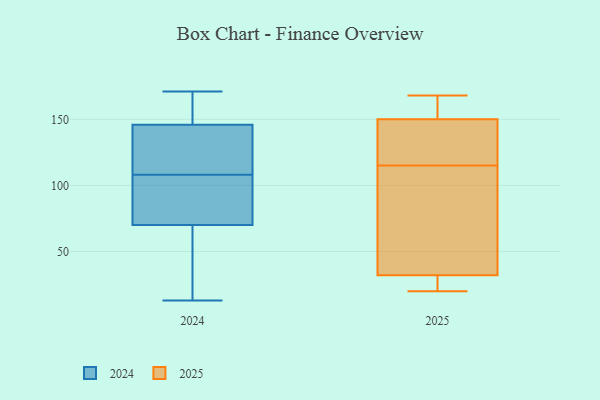
{"axis": {"x": "Headcount", "y": "Value"}, "legend": ["2024", "2025"], "data": [{"x": "", "y": 171, "type": "2024"}, {"x": "", "y": 146, "type": "2024"}, {"x": "", "y": 13, "type": "2024"}, {"x": "", "y": 136, "type": "2024"}, {"x": "", "y": 120, "type": "2024"}, {"x": "", "y": 19, "type": "2024"}, {"x": "", "y": 96, "type": "2024"}, {"x": "", "y": 70, "type": "2024"}, {"x": "", "y": 163, "type": "2024"}, {"x": "", "y": 89, "type": "2024"}, {"x": "", "y": 134, "type": "2025"}, {"x": "", "y": 75, "type": "2025"}, {"x": "", "y": 168, "type": "2025"}, {"x": "", "y": 116, "type": "2025"}, {"x": "", "y": 152, "type": "2025"}, {"x": "", "y": 32, "type": "2025"}, {"x": "", "y": 29, "type": "2025"}, {"x": "", "y": 150, "type": "2025"}, {"x": "", "y": 114, "type": "2025"}, {"x": "", "y": 20, "type": "2025"}]}